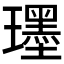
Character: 𤪯